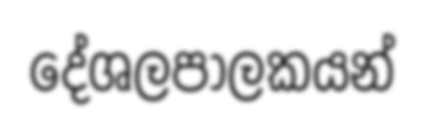
දේශලපාලකයන්